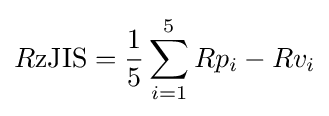
R{\text{zJIS}}={\frac {1}{5}}\sum _{i=1}^{5}Rp_{i}-Rv_{i}